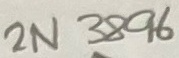
Text: 2N3896